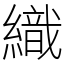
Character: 織